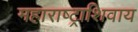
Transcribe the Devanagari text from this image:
महाराष्ट्राशिवाय